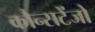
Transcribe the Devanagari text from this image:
कौन्सटेंजो